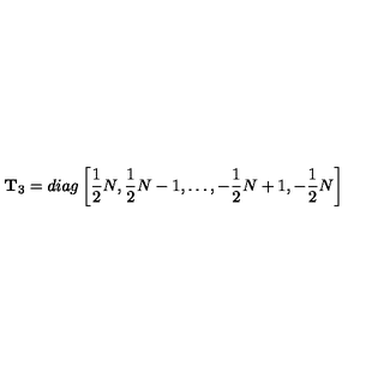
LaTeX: { \bf T } _ { 3 } = d i a g \left[ { \frac { 1 } { 2 } } N , { \frac { 1 } { 2 } } N - 1 , \dots , - { \frac { 1 } { 2 } } N + 1 , - { \frac { 1 } { 2 } } N \right]